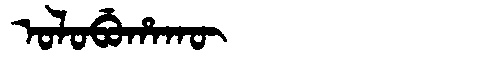
Manchu: ᠣᠯᠣᠪᡠᡥᠠᡴᡡ
Romanization: OLOBUHAKŪ